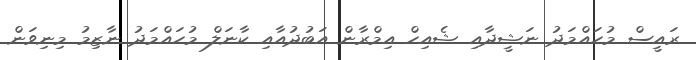
ރައީސް މުހައްމަދު ނަޝީދާއި ޝެއިހް އިމްރާން އަބުދުއާއި ކާނަލް މުހައްމަދު ނާޒިމު މިނިވަން